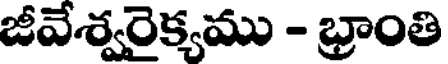
జీవేశ్వరైక్యము - భ్రాంతి